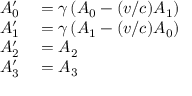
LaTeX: \begin{array} { r l } { A _ { 0 } ^ { \prime } } & { { } = \gamma \left( A _ { 0 } - ( v / c ) A _ { 1 } \right) } \\ { A _ { 1 } ^ { \prime } } & { { } = \gamma \left( A _ { 1 } - ( v / c ) A _ { 0 } \right) } \\ { A _ { 2 } ^ { \prime } } & { { } = A _ { 2 } } \\ { A _ { 3 } ^ { \prime } } & { { } = A _ { 3 } } \end{array}